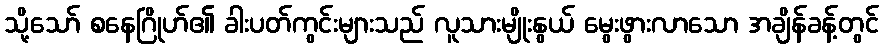
သို့သော် စနေဂြိုဟ်၏ ခါးပတ်ကွင်းများသည် လူသားမျိုးနွယ် မွေးဖွားလာသော အချိန်ခန့်တွင်